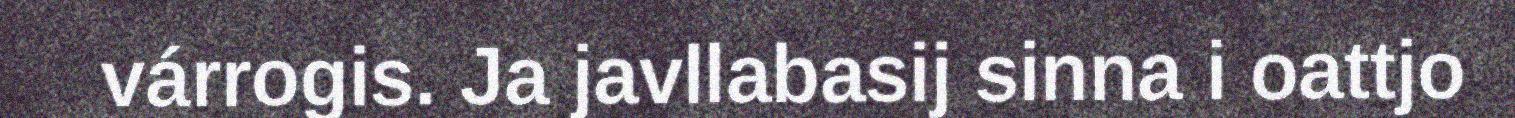
várrogis. Ja javllabasij sinna i oattjo